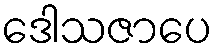
ဒေါသဇာပေ